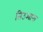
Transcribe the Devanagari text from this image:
तिउआना